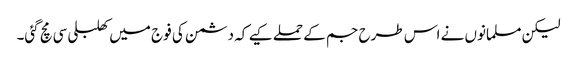
لیکن مسلمانوں نے اس طرح جم کے حملے کیے کہ دشمن کی فوج میں کھلبلی سی مچ گئی۔